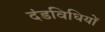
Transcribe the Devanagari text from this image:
दंडविधियों